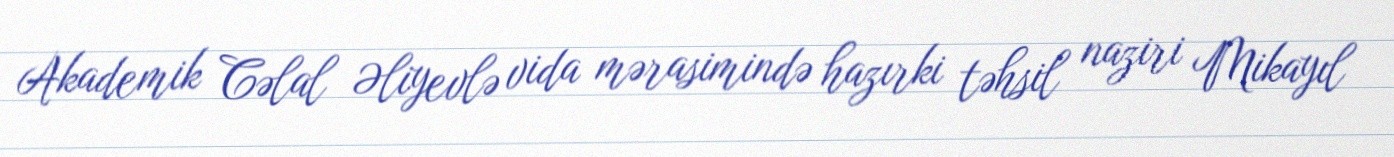
Akademik Cəlal Əliyevlə vida mərasimində hazırki təhsil naziri Mikayıl